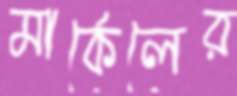
মার্কেলের